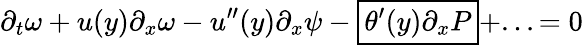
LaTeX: \partial_{t}\omega+u(y)\partial_{x}\omega-u^{\prime\prime}(y)\partial_{x}\psi-\boxed{\theta^{\prime}(y)\partial_{x}P}+...=0